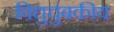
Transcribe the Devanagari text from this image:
विद्युचुंबकीय